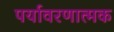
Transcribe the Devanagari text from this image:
पर्यावरणात्मक